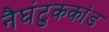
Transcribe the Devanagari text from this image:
नैघंटुककांड